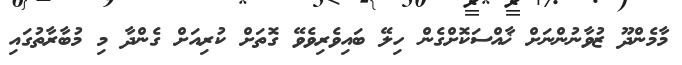
މާމެންދޫ ޒުވާނުންނަށް ޚާއްސަކޮށްގެން ހިލޭ ބައިވެރިވެވޭ ގޮތަށް ކުރިއަށް ގެންދާ މި މުބާރާތުގައި